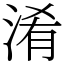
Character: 淆